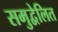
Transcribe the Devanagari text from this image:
समुद्वेलित